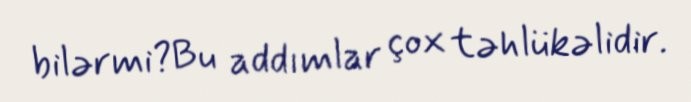
bilərmi?Bu addımlar çox təhlükəlidir.